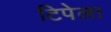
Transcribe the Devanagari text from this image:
टिपेला